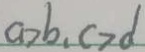
a > b , c > d